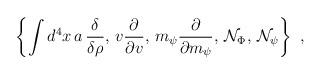
LaTeX: \begin{align*}\left\{ \int d^4x\,a\,\frac \delta {\delta\rho},\,v \frac \partial {\partial v},\,m_\psi\frac \partial {\partial m_\psi},\,{\cal N}_\Phi,\,{\cal N}_\psi \right\}\,\,, \end{align*}